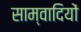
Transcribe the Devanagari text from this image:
साम्वादियों